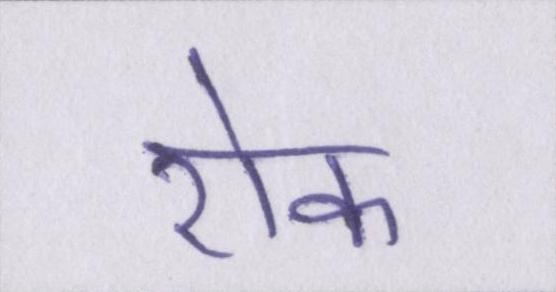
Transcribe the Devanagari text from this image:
रोक